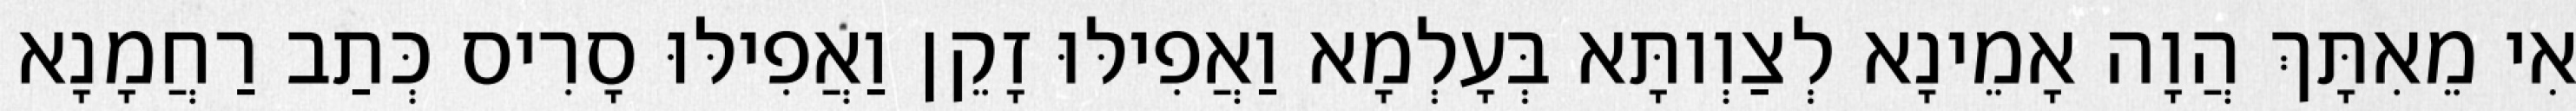
אִי מֵאִתָּךְ הֲוָה אָמֵינָא לְצַוְותָּא בְּעָלְמָא וַאֲפִילּוּ זָקֵן וַאֲפִילּוּ סָרִיס כְּתַב רַחֲמָנָא